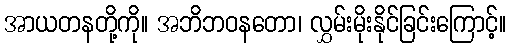
အာယတနတို့ကို။ အဘိဘဝနတော၊ လွှမ်းမိုးနိုင်ခြင်းကြောင့်။